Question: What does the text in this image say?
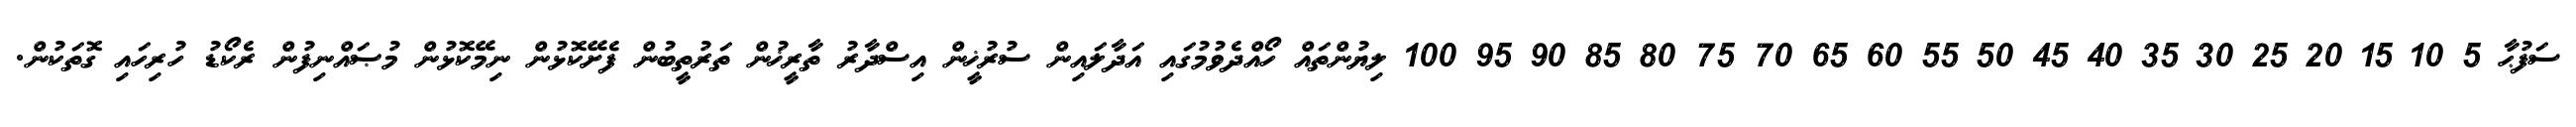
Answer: ސަފުޙާ 5 10 15 20 25 30 35 40 45 50 55 60 65 70 75 80 85 90 95 100 ލިޔުންތައް ހޯއްދެވުމުގައި އަދާލައިން ސުރުޚީން އިސްދާރު ތާރީޚުން ތަރުތީބުން ފެށޭކޮޅުން ނިމޭކޮޅުން މުޞައްނިފުން ރެކޯޑު ހުރިހައި ގޮތަކުން.